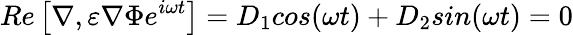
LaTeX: Re\left[\nabla,\varepsilon\nabla\Phi e^{i\omega t}\right]=D_{1}cos(\omega t)+D_{2}sin(\omega t)=0